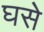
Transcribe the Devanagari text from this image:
घसे